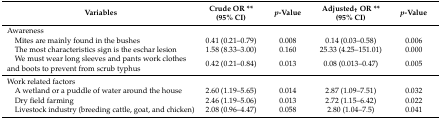
<table><thead><tr><td><b>Variables</b></td><td><b>Crude OR ** (95% CI)</b></td><td><b><i>p</i>-Value</b></td><td><b>Adjusted<sub>†</sub> OR ** (95% CI)</b></td><td><b><i>p</i>-Value</b></td></tr></thead><tbody><tr><td>Awareness</td><td></td><td></td><td></td><td></td></tr><tr><td> Mites are mainly found in the bushes</td><td>0.41 (0.21–0.79)</td><td>0.008</td><td>0.14 (0.03–0.58)</td><td>0.006</td></tr><tr><td> The most characteristics sign is the eschar lesion</td><td>1.58 (8.33–3.00)</td><td>0.160</td><td>25.33 (4.25–151.01)</td><td>0.000</td></tr><tr><td> We must wear long sleeves and pants work clothes and boots to prevent from scrub typhus</td><td>0.42 (0.21–0.84)</td><td>0.013</td><td>0.08 (0.013–0.47)</td><td>0.005</td></tr><tr><td>Work related factors</td><td></td><td></td><td></td><td></td></tr><tr><td> A wetland or a puddle of water around the house</td><td>2.60 (1.19–5.65)</td><td>0.014</td><td>2.87 (1.09–7.51)</td><td>0.032</td></tr><tr><td> Dry field farming</td><td>2.46 (1.19–5.06)</td><td>0.013</td><td>2.72 (1.15–6.42)</td><td>0.022</td></tr><tr><td> Livestock industry (breeding cattle, goat, and chicken)</td><td>2.08 (0.96–4.47)</td><td>0.058</td><td>2.80 (1.04–7.5)</td><td>0.041</td></tr></tbody></table>